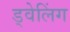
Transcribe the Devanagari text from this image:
ड्वेलिंग